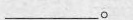
_______